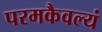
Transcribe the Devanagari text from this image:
परमकैवल्यं